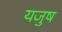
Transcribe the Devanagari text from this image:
यजुष